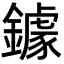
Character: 鐻